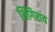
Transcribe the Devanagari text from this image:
शिंगिराय